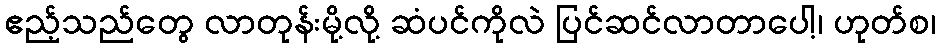
ဧည့်သည်တွေ လာတုန်းမို့လို့ ဆံပင်ကိုလဲ ပြင်ဆင်လာတာပေါ့၊ ဟုတ်စ၊